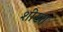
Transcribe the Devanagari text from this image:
शीखा